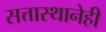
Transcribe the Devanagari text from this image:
सत्तास्थानेही